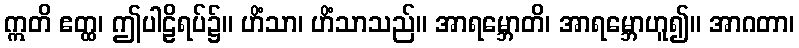
ဣတိ ဧတ္ထ၊ ဤပါဠိရပ်၌။ ဟိံသာ၊ ဟိံသာသည်။ အာရမ္ဘောတိ၊ အာရမ္ဘောဟူ၍။ အာဂတာ၊